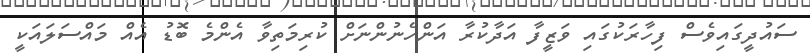
ސައުދީގައިވެސް ފިހާރަކުގައި ވަޒީފާ އަދާކުރާ އަންހެނުންނަށް ކުރިމަތިވާ އެންމެ ބޮޑު އެއް މައްސަލައަކީ